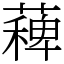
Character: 薭